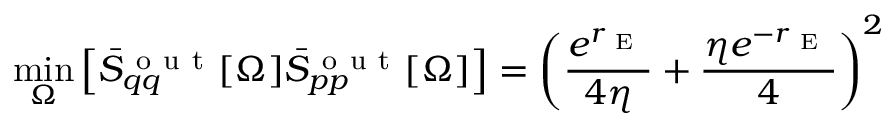
\operatorname* { m i n } _ { \Omega } \left[ \Bar { S } _ { q q } ^ { \mathrm { ~ o ~ u ~ t ~ } } [ \Omega ] \Bar { S } _ { p p } ^ { \mathrm { ~ o ~ u ~ t ~ } } [ \Omega ] \right] = \left( \frac { e ^ { r _ { \mathrm { ~ E ~ } } } } { 4 \eta } + \frac { \eta e ^ { - r _ { \mathrm { ~ E ~ } } } } { 4 } \right) ^ { 2 }